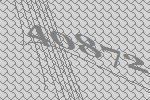
40872